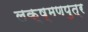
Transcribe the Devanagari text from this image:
लक्ष्मणपुत्र